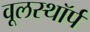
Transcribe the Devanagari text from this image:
वूलस्थॉर्प